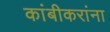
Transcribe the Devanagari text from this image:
कांबीकरांना